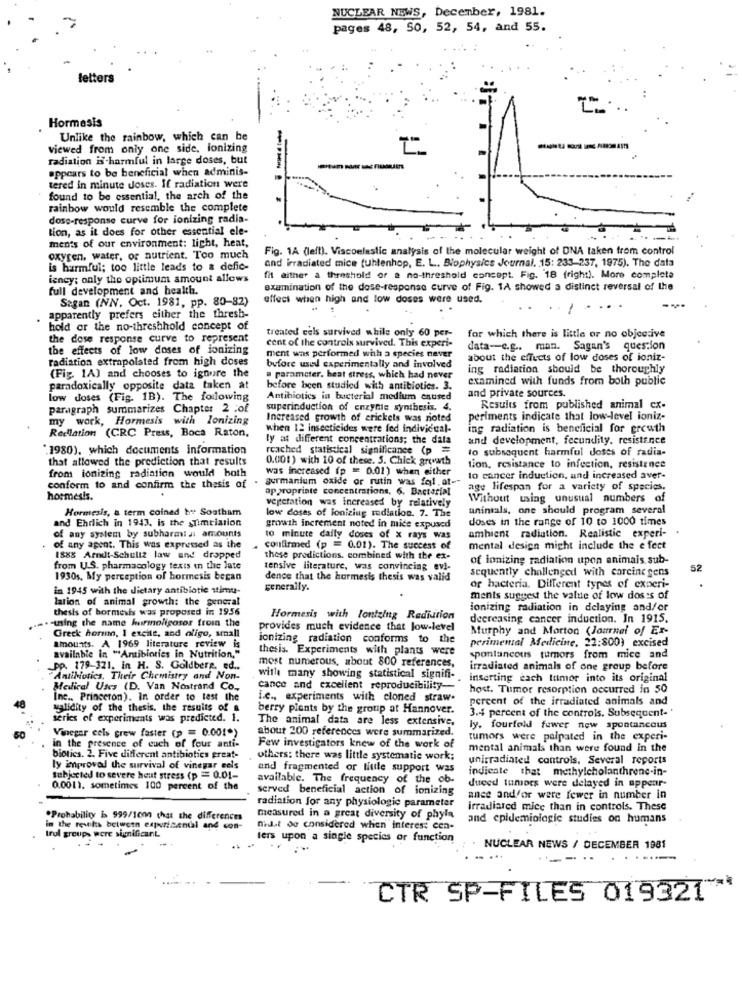
NUCLEAR NEWS, December, 1981.
pages 48, 50, 52, 54, and 55.
Hormasis
Unlike the rainbow, which can be
viewed from only one side, ionizing
radiation is harmful in large doses, but
appears to be beneficial when adminis-
---
----
tered in minute Joses. If radiation were
found to be essential, the arch of the
rainbow would resemble the complete
dose-response curve for ionizing radia-
tion, as it does for other essential ele-
ments of our environment: light, heat,
Fig. 1A (left). Viscoelastic analysis of the molecular weight of DNA taken from control
oxygen, water, or nutrient. Too much
and irradiated mice (uhlenhop, E. L. Biophysics Journal, 15: 233-237, 1975). The data
is harmful; too little leads to a defic-
iency; only the optimum amount allows
fit aither a threshold or a no-threshold concept. Fig. 18 (right). More complete
full development and health.
examination of the dose-response curve of Fig. 1A showed a distinct reversal of the
Sagan (NNV. Oct. 1981, pp. 80-82)
effect when high and low doses were used.
apparently prefers either the thresb-
hold or the no-threshhold concept of
the dose response curve to represent
treated eels survived while only 60 per-
cent of the controls survived. This experi-
for which there is little or no objective
the effects of low doses of ionizing
data-c.g .. man. Sagan's question
radiation extrapolated from high doses
ment was performed whh a species never
about the effects of low doses of ioniz-
before used experimentally and involved
ing radiation should be thoroughly
(Fig. 1A) and chooses to ignore the
a parameter. heat stress, which had never
examined with funds from both public
paradoxically opposite data taken at
before been studied with antibiotics. 3.
and private sources.
low doses (Fig. 1B). The following
Antibiotics in bacterial medium enused
paragraph summarizes Chapter 2 .of
superinduction of enzynie synthesis. 4.
Results from published animal ex-
my work, Hormesis with lonizing
Increased growth of crickets was noted
periments indicate that low-level ioniz-
Reelation (CRC Press, Boca Raton,
when 12 insecticides were fed individual-
ing radiation is beneficial for growth
ly a different concentrations; the data
and development, fecundity. resistence
"1980), which documents information
reached statistical significance (p =
to subsequent harmful doses of radia-
that allowed the prediction that results
0.001) with 10 of these. 5. Chick growth
was increased (p = 0.01) when either
tion, resistance to infection, resistance
conform to and confirm the thesis of . aurmanium oxide or rutin was fel. at --
from ionizing radiation would both
to cancer induction, and increased aver-
appropriate concentrations, 6. Bacterial
age lifespan for a variety of species.
hoemesis.
vegetation was increased by relatively
Without using unusual numbers of
Hormesis, a term coined he Southam
unintals, one should program several
and Ehrlich in 1943, is the sTimtiation
low doses of ionizing radiation. 7. The
doses in the range of 10 to 1000 times
growth increment noted in mice expused
of any system by subharmia: amounts
10 minute daily doses of x rays was
ambient radiation. Realistic experi-
of any apent. This was expressed as the
confirmed (p = 0.01). The success of
mental design might include the e fect
1888 Arndt-Schultz law and dropped
these predictions. combined with the ex-
of ionizing radiation upon animais sub-
from U.S. pharmacology texts in the late
tensive literature, was convincing evi-
sequently challenged with carcine gens
52
1930s. My perception of hormesis began
dence that the hormesis thesis was valid
in 1945 with the dietary antibiotie stimu-
generally.
of bacteria. Different types of experi-
lation of animal growth: the general
ments suggest the value of low doses of
thesis of bormesis was proposed in 1956
ionizing radiation in delaying and/or
.. - using the name hurmnoligosor froin the
Hormesis with lontzing Rediution
decreasing cancer induction. In 1915.
provides much evidence that low-level
Murphy and Morton (Journal of Er-
Greek horum, 1 excite, and oligo, small
ionizing radiation conforms to the
amounts. A 1969 literature review is
thesis. Experiments with plants were
perimental Medicine, 22:800) excised
available in "Antibiotics in Nutrition,"
most numerous, about 800 references,
spontaneous tumors from mice and
-PP. 179- 321. in H. S. Goldberg, ed ..
irradiated animals of one group before
Antibiotics, Their Chemistry and Non-
with many showing statistical signifi-
inserting each tumor into its original
Medical Uses (D. Van Nostrand Co .,
cance and excellent reproducibility-
host. Tumor resorption occurred in 50
Inc ., Princeton). In order to test the
Le ., experiments with cloned straw.
percent of the irradiated animals and
validity of the thesis, the results of a
berry plants by the group at Hannover.
series of experiments was predicted. 1.
The animal data are less extensive,
3.4 percent of the controls. Subsequent-
Vinegar cels grew faster (p = 0.001*)
about 200 references were summarized.
ly. fourfeld fewer new spontaneous
tumors were palpated in the experi-
in the presence of euch of four anti-
Few investigators knew of the work of
mental animals than were found in the
biotics. 2. Five different antibiotics great-
others: there was little systematic work;
unirradiated controls. Several reports
ly enproval the survival of vinegar eels
and fragmented or little support was
indicate that methylcholanthrene-in-
subjected to severe heut stress (p = 0.01-
available. The frequency of the ob-
0.0011. sometimes 100 percent of the
served beneficial action of ionizing
duced tumors were delayed in appear-
ance and/or were fewer in number in
radiation for any physiologic parameter
irradiated mice than in controls. These
*Probability is 999/1000 that the differences
measured in a great diversity of phyla
and epidemiologie studies on humans
trul groups were significant.
in the rewits between experimental and con-
nit de considered when interes: cen-
lers upon a single species or function
NUCLEAR NEWS / DECEMBER 1981
CTR SP-FILES 019321